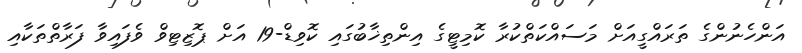
އަންހެނުންގެ ތަރައްގީއަށް މަސައްކަތްކުރާ ކޮމިޓީގެ އިންތިޚާބުގައި ކޮވިޑް-19 އަށް ޕޮޒިޓިވް ވެފައިވާ ފަރާތްތަކާއި